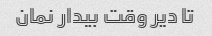
تا دیر وقت بیدار نمان